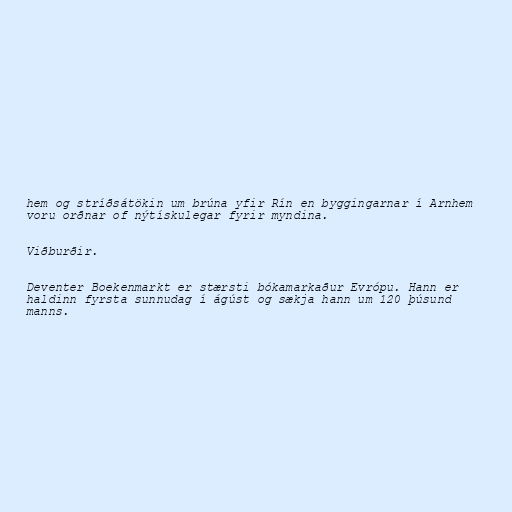
hem og stríðsátökin um brúna yfir Rín en byggingarnar í Arnhem
voru orðnar of nýtískulegar fyrir myndina.

Viðburðir.

Deventer Boekenmarkt er stærsti bókamarkaður Evrópu. Hann er
haldinn fyrsta sunnudag í ágúst og sækja hann um 120 þúsund
manns.